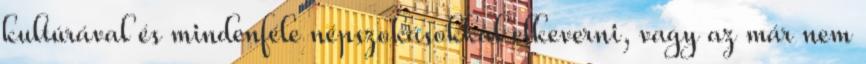
kultúrával és mindenféle népszokásokkal elkeverni, vagy az már nem